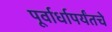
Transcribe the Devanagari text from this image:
पूर्वार्धापर्यंतचे